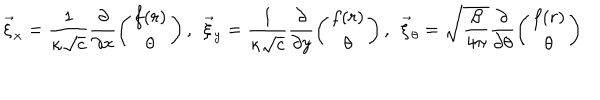
\vec { \xi } _ { x } = \frac { 1 } { \kappa \sqrt { c } } \frac { \partial } { \partial x } \left( \begin{array} { c } { { f ( r ) } } \\ { { \theta } } \\ \end{array} \right) , \: \: \vec { \xi } _ { y } = \frac { 1 } { \kappa \sqrt { c } } \frac { \partial } { \partial y } \left( \begin{array} { c } { { f ( r ) } } \\ { { \theta } } \\ \end{array} \right) , \: \: \vec { \xi } _ { \theta } = \sqrt { \frac { \beta } { 4 \pi } } \frac { \partial } { \partial \theta } \left( \begin{array} { c } { { f ( r ) } } \\ { { \theta } } \\ \end{array} \right)